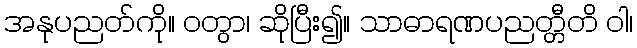
အနုပညတ်ကို။ ဝတွာ၊ ဆိုပြီး၍။ သာဓာရဏပညတ္တီတိ ဝါ၊